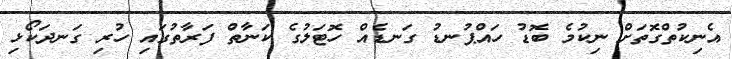
އެނިކުތްގޮތަށް ނިކުމެ ބޮޑު ހައްޕުނޑު ގަނޑެއް ހޮޓަލުގެ ކަނާތް ފަރާތުގައި ހުރި ގަނދަކޯޅި